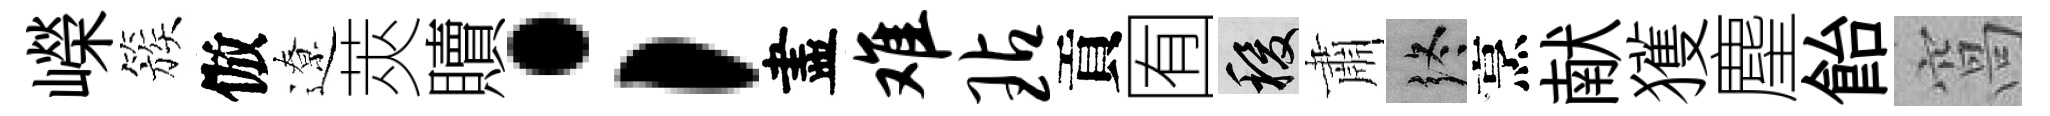
嶸簇倣遼莢贖；盡难玷貢囿稷肅终烹献獲麈飴窩